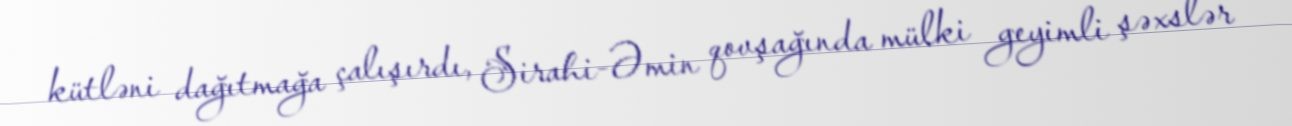
kütləni dağıtmağa çalışırdı, Sirahi-Əmin qovşağında mülki geyimli şəxslər